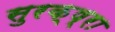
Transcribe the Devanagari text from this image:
सुरक्ष्रा